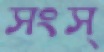
সংস্